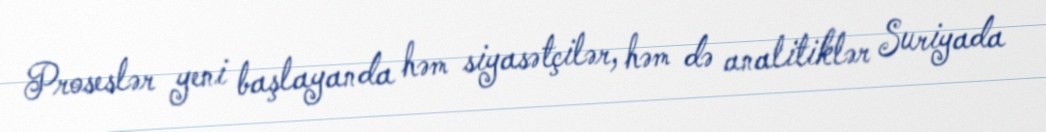
Proseslər yeni başlayanda həm siyasətçilər, həm də analitiklər Suriyada